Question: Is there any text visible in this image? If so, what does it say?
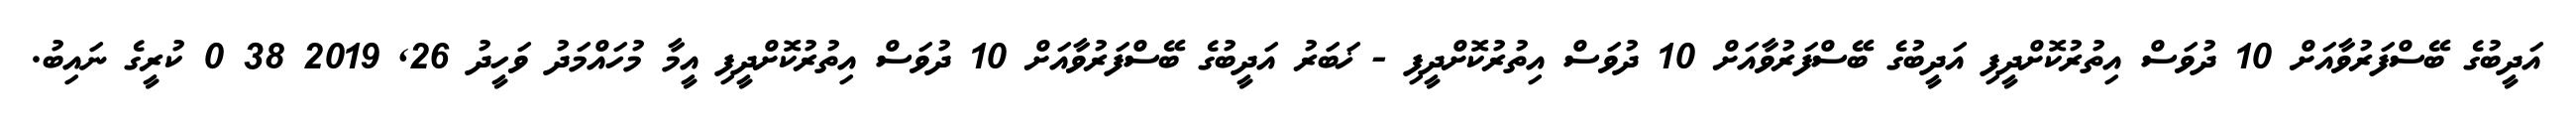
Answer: އަދީބުގެ ބޭސްފަރުވާއަށް 10 ދުވަސް އިތުރުކޮށްދީފި އަދީބުގެ ބޭސްފަރުވާއަށް 10 ދުވަސް އިތުރުކޮށްދީފި - ޚަބަރު އަދީބުގެ ބޭސްފަރުވާއަށް 10 ދުވަސް އިތުރުކޮށްދީފި އީމާ މުހައްމަދު ވަހީދު 26, 2019 38 0 ކުރީގެ ނައިބު.